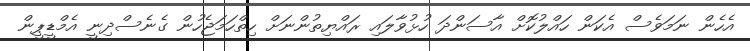
އެހެން ނަމަވެސް އެކަން ހައްލުކޮށް އާސަންދަ ހުޅުވާލައި ރައްޔިތުންނަށް ހިތްހަމަޖެހުން ގެނެސްދިނީ އެމްޑީޕީން